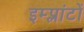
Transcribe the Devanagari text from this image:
इम्प्लांटों